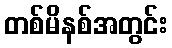
တစ်မိနစ်အတွင်း